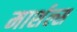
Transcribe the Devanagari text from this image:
मार्शल्स